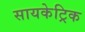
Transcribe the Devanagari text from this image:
सायकेट्रिक